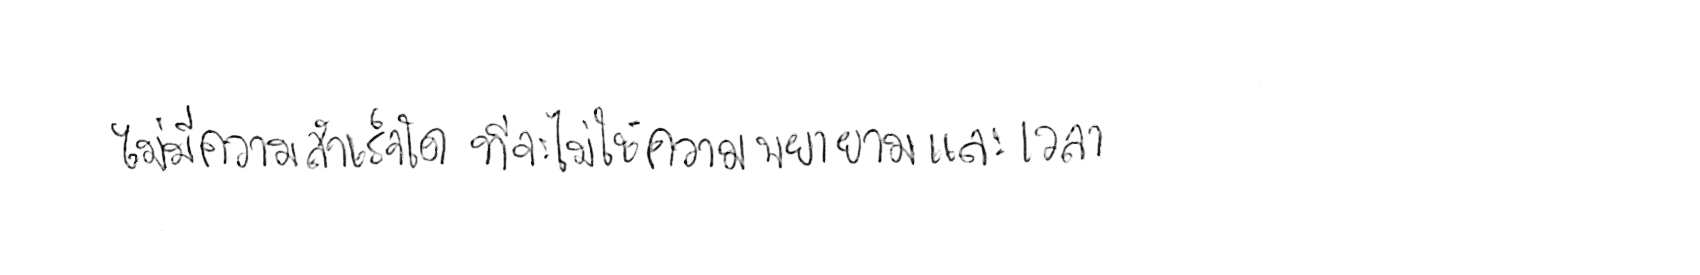
ไม่มีความสำเร็จใด ที่จะไม่ใช้ความพยายามและเวลา